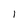
Character: l